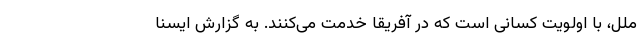
ملل، با اولویت کسانی است که در آفریقا خدمت می‌کنند. به گزارش ایسنا